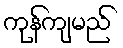
ကုန်ကျမည်